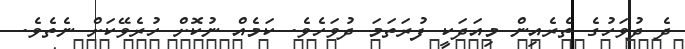
ދެ ދުވަހުގެ ތެރެއިން މިއަދަކީ ފުރަތަމަ ދުވަހެވެ. ކަމެއް ނުކޮށް ހުރެވޭކަށް ނެތެވެ.